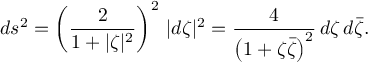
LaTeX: d s ^ { 2 } = \left( { \frac { 2 } { 1 + | \zeta | ^ { 2 } } } \right) ^ { 2 } \, | d \zeta | ^ { 2 } = { \frac { 4 } { \left( 1 + \zeta { \bar { \zeta } } \right) ^ { 2 } } } \, d \zeta \, d { \bar { \zeta } } .